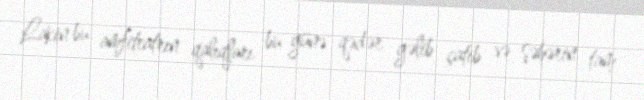
Lakin bu amfiteatrın qalıqları bu günə qədər gəlib çatıb və şəhərin tam